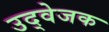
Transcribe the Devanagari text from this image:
उद्वेजक